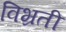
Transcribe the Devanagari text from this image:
विभ्रती